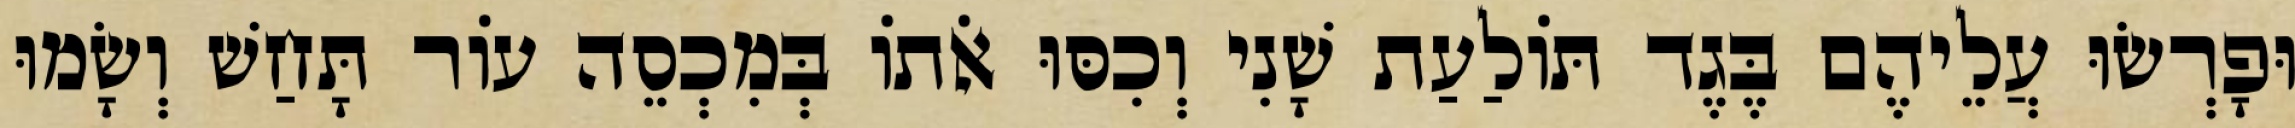
וּפָרְשׂוּ עֲלֵיהֶם בֶּגֶד תּוֹלַעַת שָׁנִי וְכִסּוּ אֹתוֹ בְּמִכְסֵה עוֹר תָּחַשׁ וְשָׂמוּ